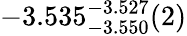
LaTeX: -3.535_{-3.550}^{-3.527}(2)